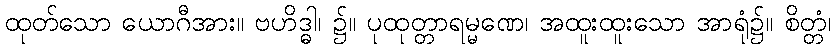
ထုတ်သော ယောဂီအား။ ဗဟိဒ္ဓါ၊ ၌။ ပုထုတ္တာရမ္မဏေ၊ အထူးထူးသော အာရုံ၌။ စိတ္တံ၊